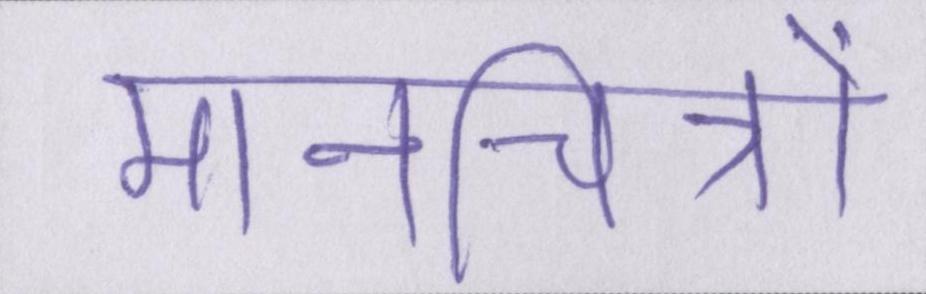
मानचित्रों